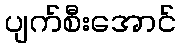
ပျက်စီးအောင်